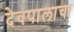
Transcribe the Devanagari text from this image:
देवपालाचा